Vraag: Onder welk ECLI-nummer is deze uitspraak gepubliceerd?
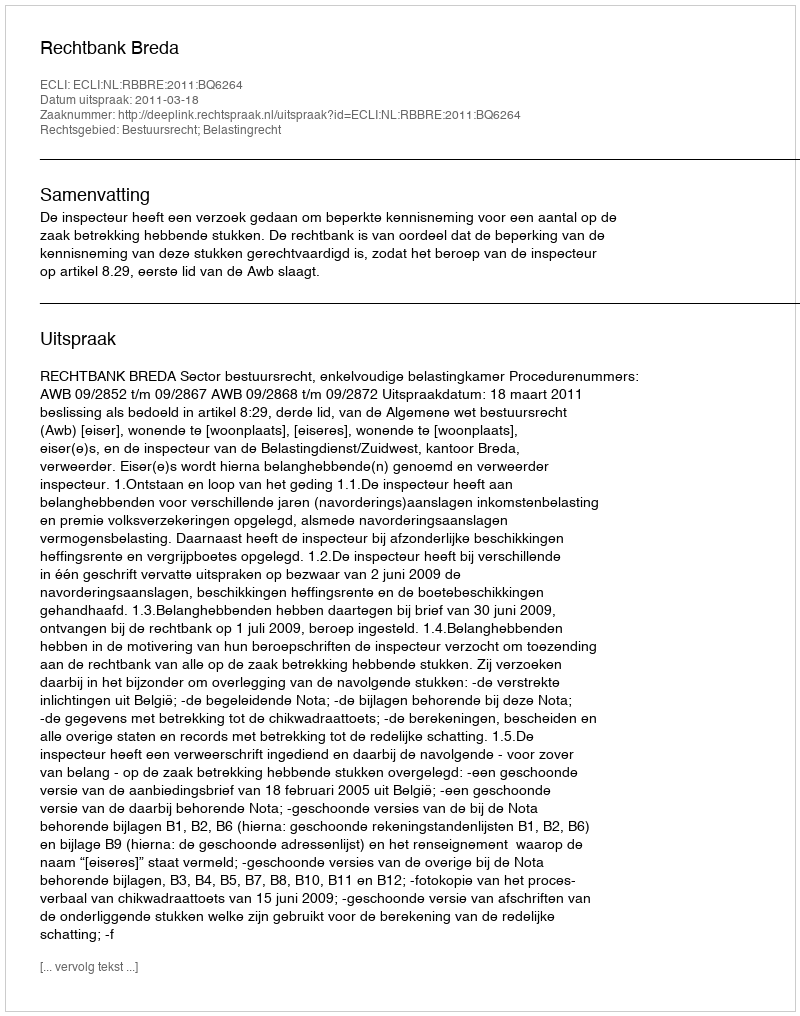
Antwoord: ECLI:NL:RBBRE:2011:BQ6264